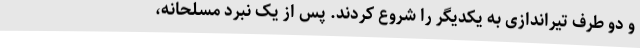
و دو طرف تیراندازی به یکدیگر را شروع کردند. پس از یک نبرد مسلحانه،